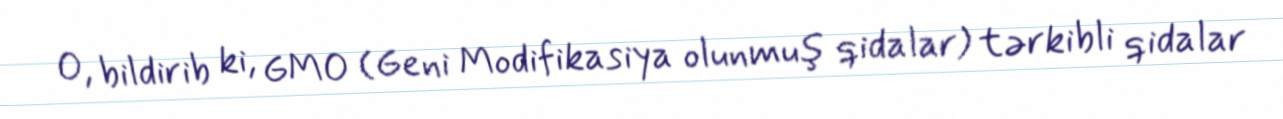
O, bildirib ki, GMO (Geni Modifikasiya olunmuş qidalar) tərkibli qidalar